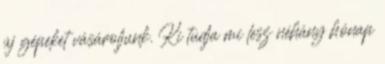
új gépeket vásároljunk. Ki tudja mi lesz néhány hónap